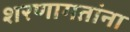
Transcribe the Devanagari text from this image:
शरणागतांना